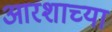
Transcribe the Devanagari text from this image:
आरशाच्या